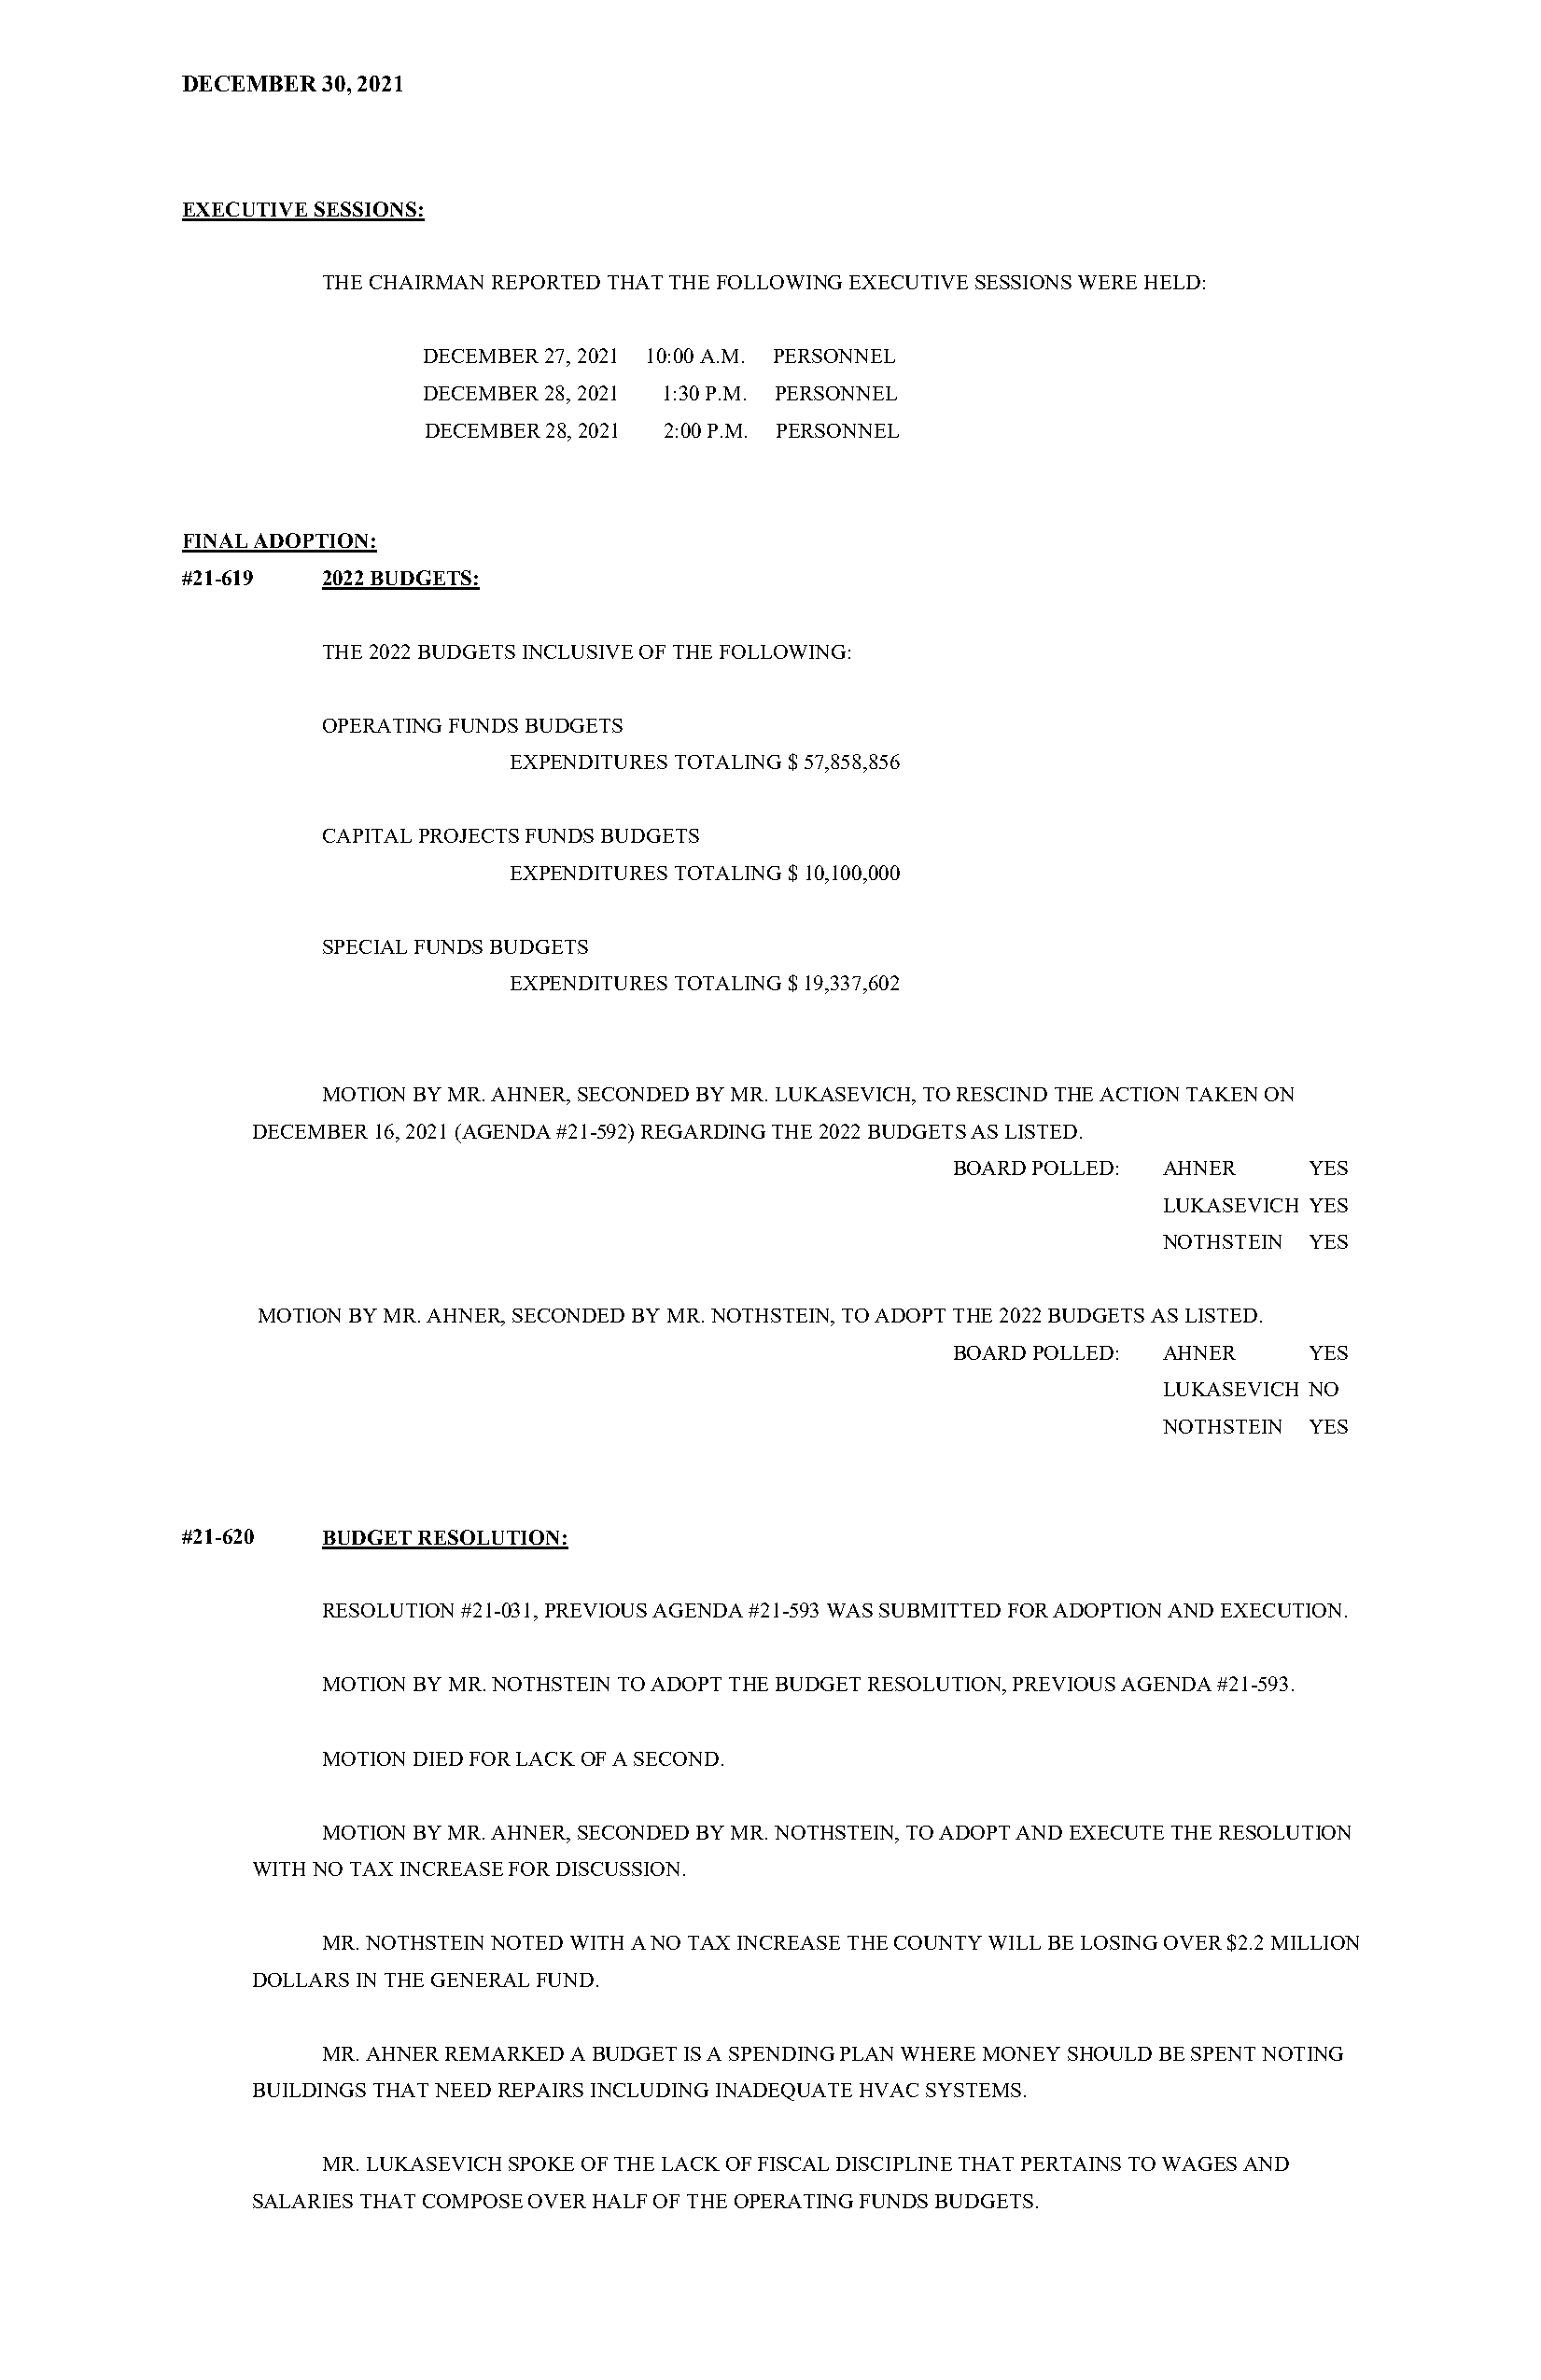
DECEMBER  30, 2021
 EXECUTIVE SESSIONS:
 THE CHAIRMAN REPORTED THAT THE FOLLOWING EXECUTIVE SESSIONS WERE HELD:
 DECEMBER 27, 2021 10:00 A.M. PERSONNEL
 DECEMBER 28, 2021 1:30 P.M. PERSONNEL
 DECEMBER 28, 2021 2:00 P.M. PERSONNEL
 FINAL ADOPTION:
 #21-619   2022 BUDGETS:
 THE 2022 BUDGETS INCLUSIVE OF THE FOLLOWING:
 OPERATING FUNDS BUDGETS
 EXPENDITURES TOTALING $ 57,858,856
 CAPITAL PROJECTS FUNDS BUDGETS
 EXPENDITURES TOTALING $ 10,100,000
 SPECIAL FUNDS BUDGETS
 EXPENDITURES TOTALING $ 19,337,602
 MOTION BY MR. AHNER, SECONDED BY MR. LUKASEVICH, TO RESCIND THE ACTION TAKEN ON
 DECEMBER 16, 2021 (AGENDA #21-592) REGARDING THE 2022 BUDGETS AS LISTED.
 BOARD POLLED: AHNER      YES
 LUKASEVICH YES
 NOTHSTEIN  YES
 MOTION BY MR. AHNER, SECONDED BY MR. NOTHSTEIN, TO ADOPT THE 2022 BUDGETS AS LISTED.
 BOARD POLLED: AHNER      YES
 LUKASEVICH NO
 NOTHSTEIN  YES
 #21-620   BUDGET RESOLUTION:
 RESOLUTION #21-031, PREVIOUS AGENDA #21-593 WAS SUBMITTED FOR ADOPTION AND EXECUTION.
 MOTION BY MR. NOTHSTEIN TO ADOPT THE BUDGET RESOLUTION, PREVIOUS AGENDA #21-593.
 MOTION DIED FOR LACK OF A SECOND.
 MOTION BY MR. AHNER, SECONDED BY MR. NOTHSTEIN, TO ADOPT AND EXECUTE THE RESOLUTION
 WITH NO TAX INCREASE FOR DISCUSSION.
 MR. NOTHSTEIN NOTED WITH A NO TAX INCREASE THE COUNTY WILL BE LOSING OVER $2.2 MILLION
 DOLLARS IN THE GENERAL FUND.
 MR. AHNER REMARKED A BUDGET IS A SPENDING PLAN WHERE MONEY SHOULD BE SPENT NOTING
 BUILDINGS THAT NEED REPAIRS INCLUDING INADEQUATE HVAC SYSTEMS.
 MR. LUKASEVICH SPOKE OF THE LACK OF FISCAL DISCIPLINE THAT PERTAINS TO WAGES AND
 SALARIES THAT COMPOSE OVER HALF OF THE OPERATING FUNDS BUDGETS.